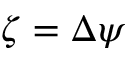
\zeta = \Delta \psi